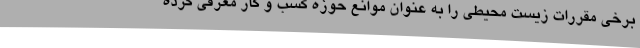
برخی مقررات زیست‌ محیطی را به‌ عنوان موانع حوزه کسب و کار معرفی کرده